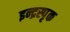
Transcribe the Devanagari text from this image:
इन्द्रस्पृक